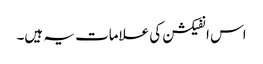
اس انفیکشن کی علامات یہ ہیں۔